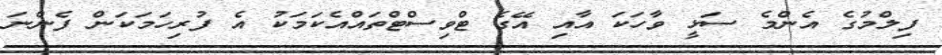
ފިލްމުގެ އެންމެ ސަޅީ ވާހަކަ އާއި އޭގެ ޓްވިސްޓްތައްއެކަމަކު އެ ފުރިހަމަކަން ފެންނަ